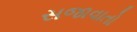
સજાવાતો